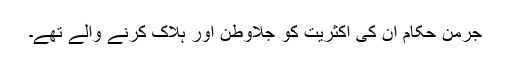
جرمن حکام ان کی اکثریت کو جلاوطن اور ہلاک کرنے والے تھے۔